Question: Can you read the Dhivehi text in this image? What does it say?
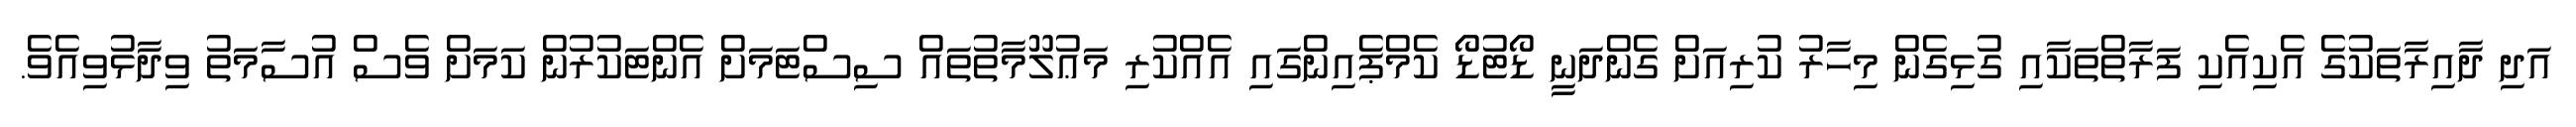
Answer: އަދި ދާއިރާތަކުގެ އެކިއެކި ފަރާތްތަކާއި ގުޅިގެން މިހާރު ކުރިއަށް ގެންދަނީ ޑޯޓުޑޯ ކެމްޕެއިންގައި އެއްކުރި މަޢުލޫމާތުތައް ސިސްޓަމަށް އެންޓަކުރުން ކަމަށް ވެސް އުސާމަތު ވިދާޅުވިއެވެ.